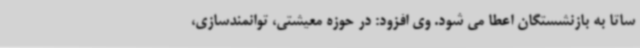
ساتا به بازنشستگان اعطا می شود. وی افزود: در حوزه معیشتی، توانمندسازی،